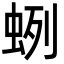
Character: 蛚